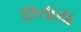
છતાય